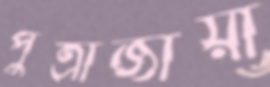
পুত্রাজায়া